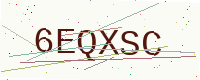
Text: 6EQXSC